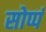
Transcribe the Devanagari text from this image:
सोप्पं